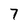
Character: 7